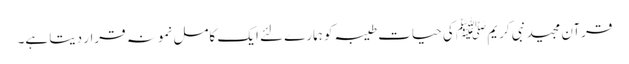
قرآن مجید نبی کریم ﷺ کی حیات طیبہ کو ہمارے لئے ایک کامل نمونہ قرار دیتا ہے۔